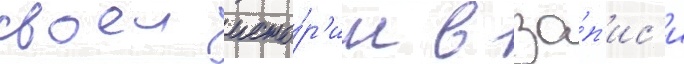
своеи исто́р'ии в за́п'ис'и